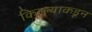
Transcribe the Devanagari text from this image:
किल्ल्याकडून